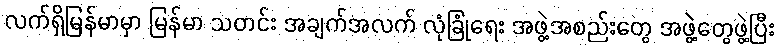
လက်ရှိမြန်မာမှာ မြန်မာ သတင်း အချက်အလက် လုံခြုံရေး အဖွဲ့အစည်းတွေ အဖွဲ့တွေဖွဲ့ပြီး